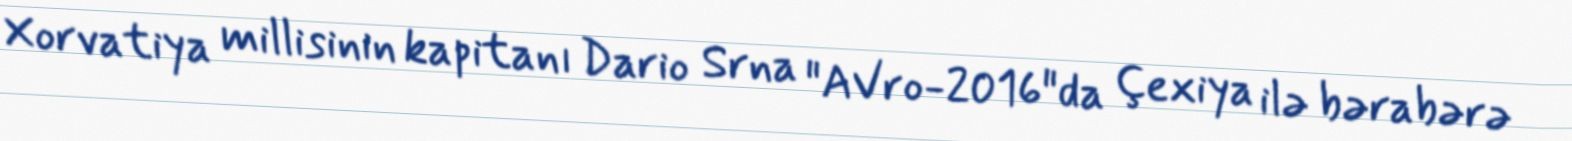
Xorvatiya millisinin kapitanı Dario Srna "AVro-2016"da Çexiya ilə bərabərə